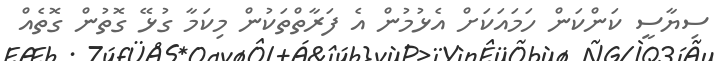
ސިޔާސީ ކަންކަން ހަމައަކަށް އެޅުމުން އެ ފަރާތްތަކުން މިކަމާ ގުޅޭ ގޮތުން ގޮތެއް